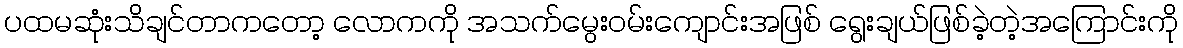
ပထမဆုံးသိချင်တာကတော့ လောကကို အသက်မွေးဝမ်းကျောင်းအဖြစ် ရွေးချယ်ဖြစ်ခဲ့တဲ့အကြောင်းကို